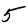
Digit: 5